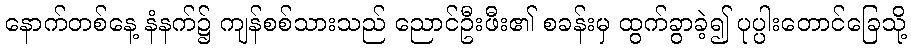
နောက်တစ်နေ့ နံနက်၌ ကျန်စစ်သားသည် ညောင်ဦးဖီး၏ စခန်းမှ ထွက်ခွာခဲ့၍ ပုပ္ပါးတောင်ခြေသို့